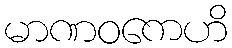
မာဏဝကေဟိ